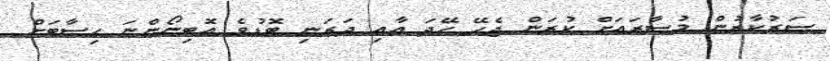
ސަރުކާރުން މުސާރައަށް ކުރަން ޖެހޭ ހޭދަ އާއި ދަރަނި ބޮޑުވެ އޮބިނޯންނަ ހިސާބަށް